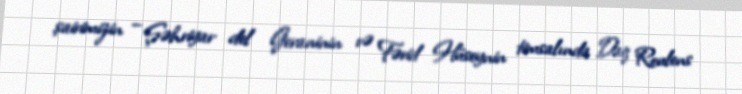
şairimizin – Şəhriyar del Geraninin və Fərid Hüseynin timsalında Daq Roulens